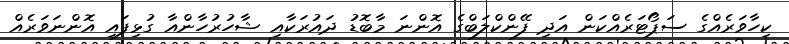
ކިހާވަރެއްގެ ސަޕޯޓަރެއްކަން އަދި ފޭންކްލަބްގެ އޮންނަ މާބޮޑު ދައުރަކާއި ޝާހުރުހާންއާ ގުޅިފައި އޮންނަވަރެއް